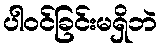
ပါဝင်ခြင်းမရှိဘဲ